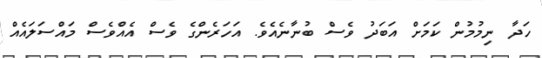
ހަދާ ނިމުމުން ކަމަށް އަބަދު ވެސް ބުނާނެއެވެ. އަހަރެންގެ ވެސް އެއްވެސް މައްސަލައެއް